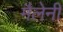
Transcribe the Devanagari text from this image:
मैलेनी